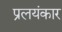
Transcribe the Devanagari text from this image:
प्रलयंकार